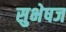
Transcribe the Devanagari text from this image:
सुभेषज